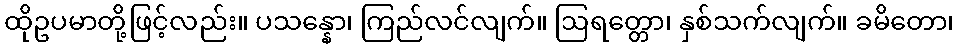
ထိုဥပမာတို့ဖြင့်လည်း။ ပသန္နော၊ ကြည်လင်လျက်။ ဩရတ္တော၊ နှစ်သက်လျက်။ ခမိတော၊